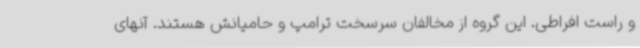
و راست افراطی. این گروه از مخالفان سرسخت ترامپ و حامیانش هستند. آنهای